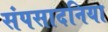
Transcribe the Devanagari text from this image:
संपसादनिया